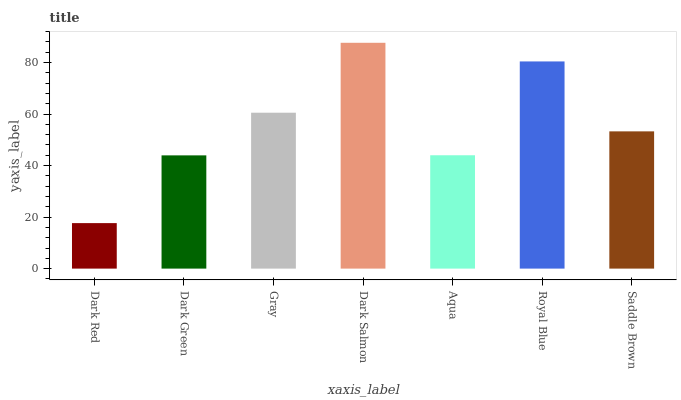
| xaxis_label | bars |
 | --- | --- |
 | Dark Red | 17.7 |
 | Dark Green | 44 |
 | Gray | 60.5 |
 | Dark Salmon | 87.7 |
 | Aqua | 44 |
 | Royal Blue | 80.4 |
 | Saddle Brown | 53.3 |